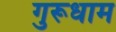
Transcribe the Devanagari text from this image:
गुरूधाम